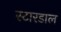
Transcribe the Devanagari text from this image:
स्टारडाल